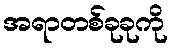
အရာတစ်ခုခုကို